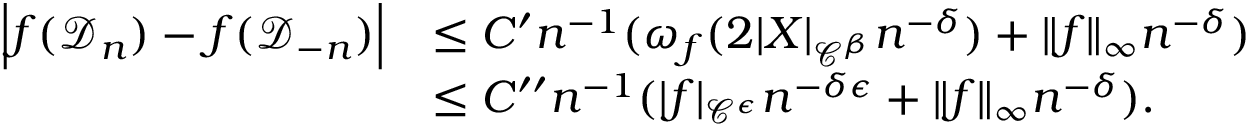
\begin{array} { r l } { \Big | f ( \mathcal { D } _ { n } ) - f ( \mathcal { D } _ { - n } ) \Big | } & { \leq C ^ { \prime } n ^ { - 1 } ( \omega _ { f } ( 2 | X | _ { \mathcal { C } ^ { \beta } } n ^ { - \delta } ) + \| f \| _ { \infty } n ^ { - \delta } ) } \\ & { \leq C ^ { \prime \prime } n ^ { - 1 } ( | f | _ { \mathcal { C } ^ { \epsilon } } n ^ { - \delta \epsilon } + \| f \| _ { \infty } n ^ { - \delta } ) . } \end{array}